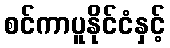
စင်ကာပူနိုင်ငံနှင့်